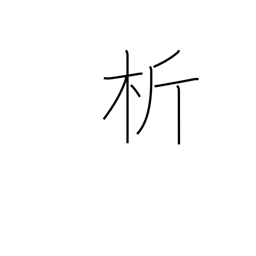
Meaning: tear